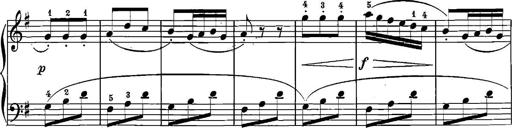
Title: 12 Sonatinas
Composer: Ignaz Pleyel